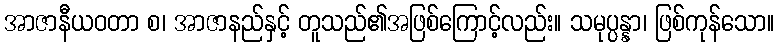
အာဇာနီယဝတာ စ၊ အာဇာနည်နှင့် တူသည်၏အဖြစ်ကြောင့်လည်း။ သမုပ္ပန္နာ၊ ဖြစ်ကုန်သော။